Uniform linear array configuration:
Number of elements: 32
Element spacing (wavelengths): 0.75
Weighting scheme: hamming
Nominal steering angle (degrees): -15
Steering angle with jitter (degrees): -15.75
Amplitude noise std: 0.05
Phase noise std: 0.05

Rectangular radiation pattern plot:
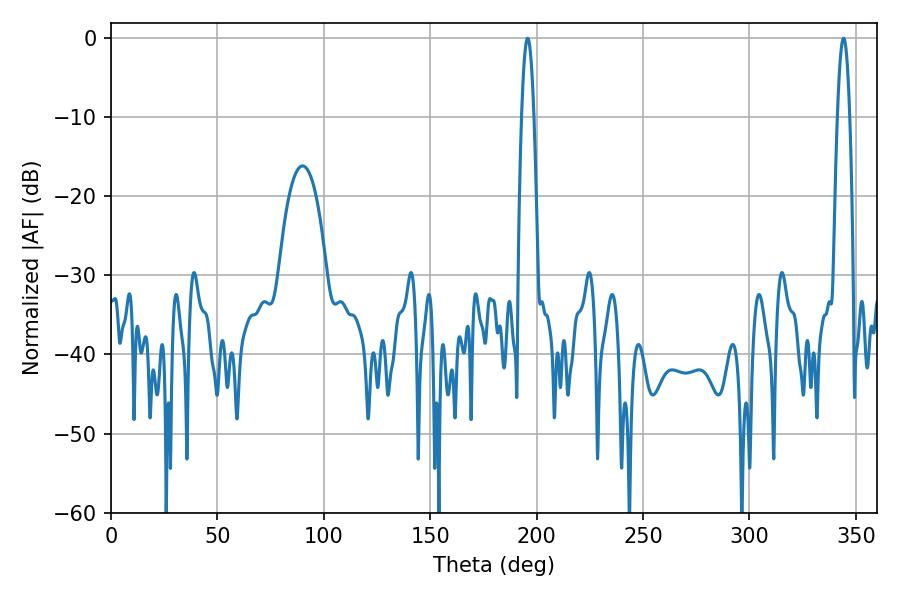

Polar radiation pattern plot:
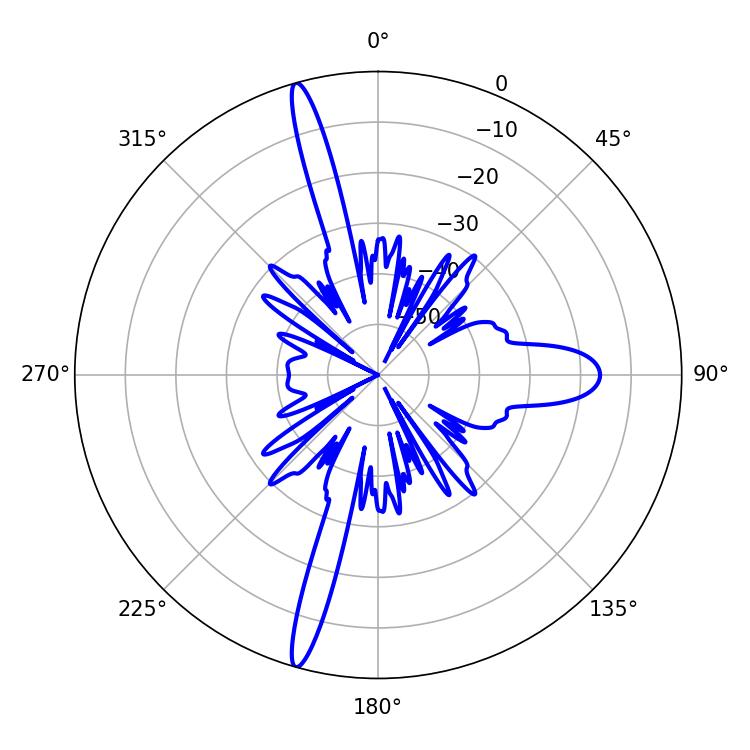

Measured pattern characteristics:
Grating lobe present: TRUE
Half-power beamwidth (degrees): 3.06
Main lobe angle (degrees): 344.16